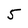
Character: 5